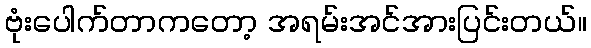
ဗုံးပေါက်တာကတော့ အရမ်းအင်အားပြင်းတယ်။